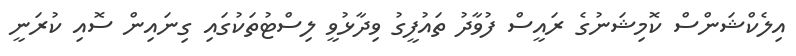
އިލެކްޝަންސް ކޮމިޝަނުގެ ރައީސް ފުވާދު ތައުފީގު ވިދާޅުވީ ލިސްޓުތަކުގައި ގިނައިން ސޮއި ކުރަނީ